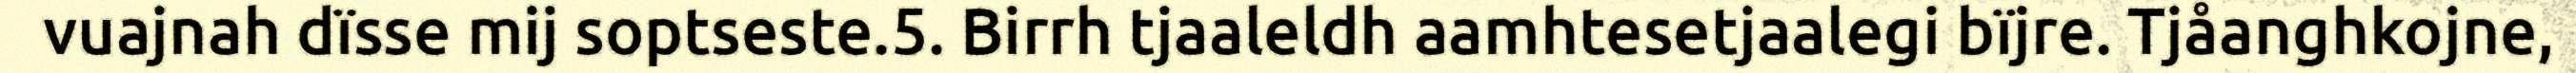
vuajnah dïsse mij soptseste.5. Birrh tjaaleldh aamhtesetjaalegi bïjre. Tjåanghkojne,